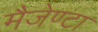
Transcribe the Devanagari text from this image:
मैजेण्टा